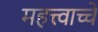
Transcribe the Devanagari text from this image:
महत्त्वाच्चे